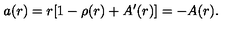
a ( r ) = r [ 1 - \rho ( r ) + A ^ { \prime } ( r ) ] = - A ( r ) .